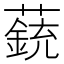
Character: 𧀏